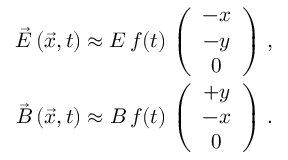
\begin{array} { r l r } & { } & { \vec { E } \left( \vec { x } , t \right) \approx E \, f ( t ) \, \left( \begin{array} { c } { - x } \\ { - y } \\ { 0 } \end{array} \right) \, , } \\ & { } & { \vec { B } \left( \vec { x } , t \right) \approx B \, f ( t ) \, \left( \begin{array} { c } { + y } \\ { - x } \\ { 0 } \end{array} \right) \, . } \end{array}